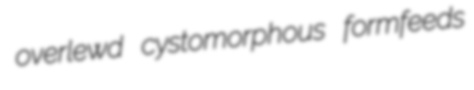
overlewd cystomorphous formfeeds